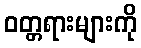
ဝတ္တရားများကို